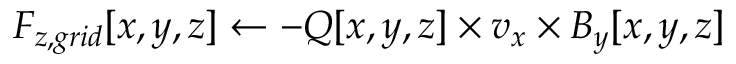
F _ { z , g r i d } [ x , y , z ] \gets - Q [ x , y , z ] \times v _ { x } \times B _ { y } [ x , y , z ]